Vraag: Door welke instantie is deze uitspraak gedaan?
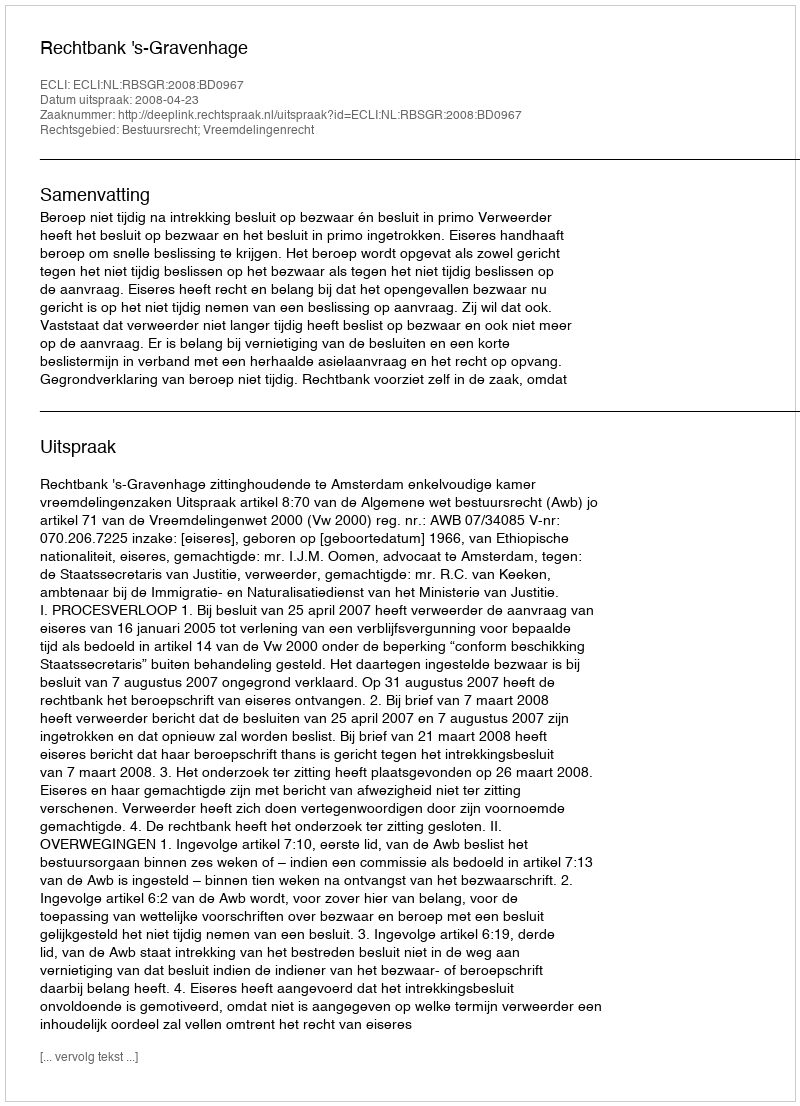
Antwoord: Rechtbank 's-Gravenhage